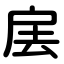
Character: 㧁